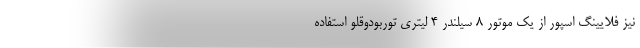
نیز فلایینگ اسپور از یک موتور 8 سیلندر 4 لیتری توربودوقلو استفاده